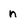
Character: n